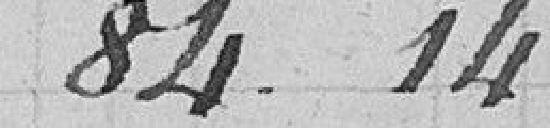
84.14